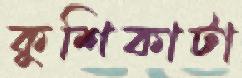
কুশিকাটা